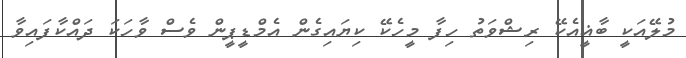
މުލޭއަކީ ބާޣީއެކޭ ރިޝްވަތު ހިފާ މީހެކޭ ކިޔައިގެން އެމްޑީޕީން ވެސް ވާހަކަ ދައްކާފައިވާ